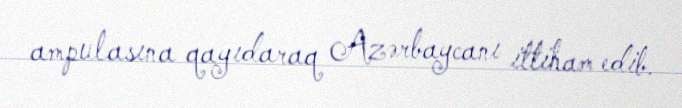
ampulasına qayıdaraq Azərbaycanı ittiham edib.